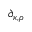
\partial _ { \kappa , \rho }